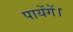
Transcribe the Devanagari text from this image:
पायेंगें।